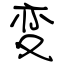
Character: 変